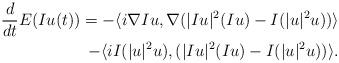
LaTeX: \begin{align*}\aligned\frac{d}{dt} E(Iu(t)) = -\langle i \nabla Iu, \nabla (|Iu|^{2} (Iu) - I(|u|^{2} u)) \rangle \\- \langle i I(|u|^{2} u), (|Iu|^{2} (Iu) - I(|u|^{2} u)) \rangle.\endaligned\end{align*}